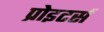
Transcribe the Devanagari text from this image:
प्रोइटर्स